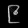
Digit: ၉